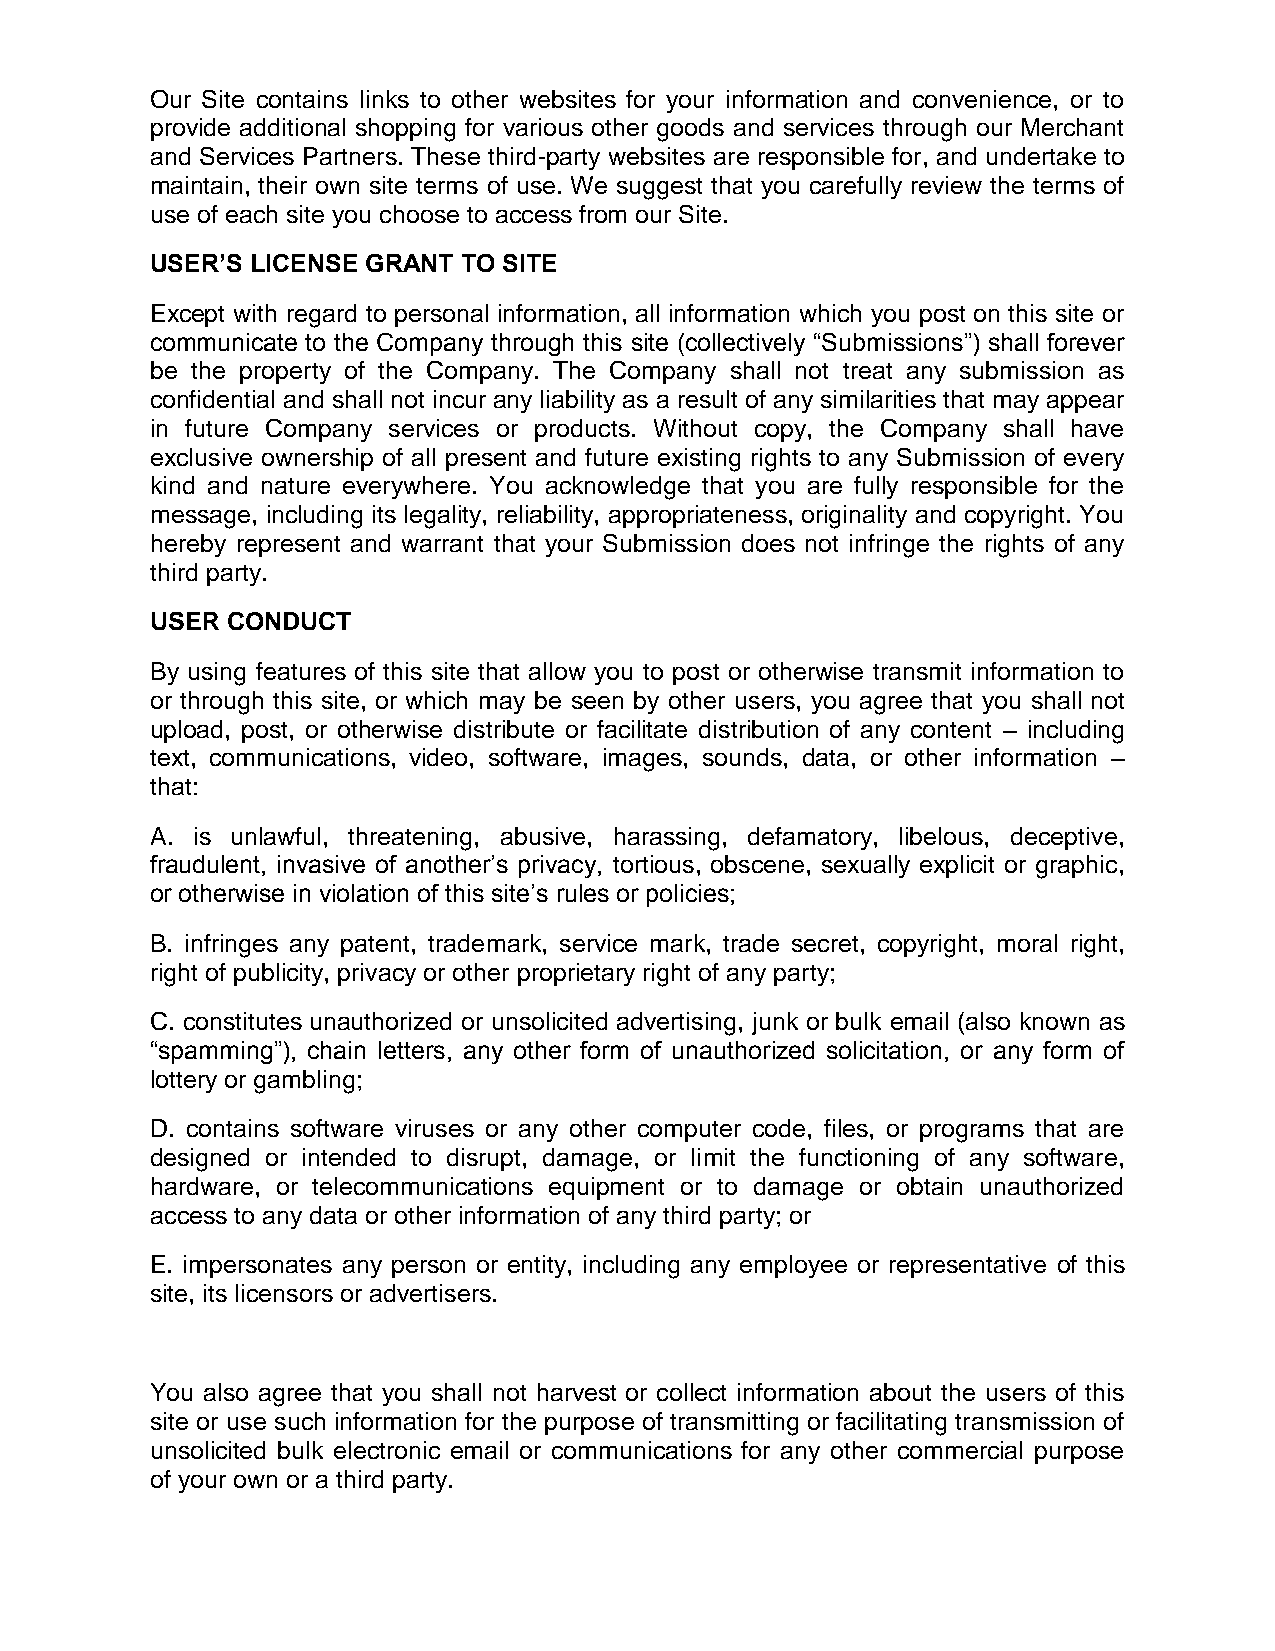
Our Site contains links to other websites for your information and convenience, or to
 provide additional shopping for various other goods and services through our Merchant
 and Services Partners. These third-party websites are responsible for, and undertake to
 maintain, their own site terms of use. We suggest that you carefully review the terms of
 use of each site you choose to access from our Site.
 USER’S LICENSE GRANT TO SITE
 Except with regard to personal information, all information which you post on this site or
 communicate to the Company through this site (collectively “Submissions”) shall forever
 be the property of the Company. The Company shall not treat any submission as
 confidential and shall not incur any liability as a result of any similarities that may appear
 in future Company services or products. Without copy, the Company shall have
 exclusive ownership of all present and future existing rights to any Submission of every
 kind and nature everywhere. You acknowledge that you are fully responsible for the
 message, including its legality, reliability, appropriateness, originality and copyright. You
 hereby represent and warrant that your Submission does not infringe the rights of any
 third party.
 USER CONDUCT
 By using features of this site that allow you to post or otherwise transmit information to
 or through this site, or which may be seen by other users, you agree that you shall not
 upload, post, or otherwise distribute or facilitate distribution of any content – including
 text, communications, video, software, images, sounds, data, or other information –
 that:
 A. is unlawful, threatening, abusive, harassing, defamatory, libelous, deceptive,
 fraudulent, invasive of another’s privacy, tortious, obscene, sexually explicit or graphic,
 or otherwise in violation of this site’s rules or policies;
 B. infringes any patent, trademark, service mark, trade secret, copyright, moral right,
 right of publicity, privacy or other proprietary right of any party;
 C. constitutes unauthorized or unsolicited advertising, junk or bulk email (also known as
 “spamming”), chain letters, any other form of unauthorized solicitation, or any form of
 lottery or gambling;
 D. contains software viruses or any other computer code, files, or programs that are
 designed or intended to disrupt, damage, or limit the functioning of any software,
 hardware, or telecommunications equipment or to damage or obtain unauthorized
 access to any data or other information of any third party; or
 E. impersonates any person or entity, including any employee or representative of this
 site, its licensors or advertisers.
 You also agree that you shall not harvest or collect information about the users of this
 site or use such information for the purpose of transmitting or facilitating transmission of
 unsolicited bulk electronic email or communications for any other commercial purpose
 of your own or a third party.